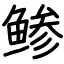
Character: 鲹